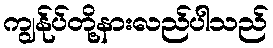
ကျွန်ုပ်တို့နားလည်ပါသည်